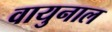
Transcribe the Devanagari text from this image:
वायुनाल